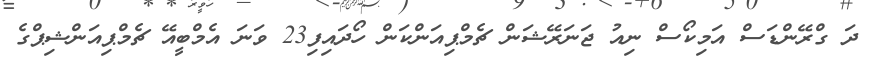
ދަ ގްރޭންޑަސް އަމިކޯސް ނިއު ޖަނަރޭޝަން ޗެމްޕިއަންކަން ހޯދައިފި23 ވަނަ އެމްބީއޭ ޗެމްޕިއަންޝިޕްގެ